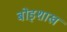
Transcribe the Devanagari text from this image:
बोइशाख